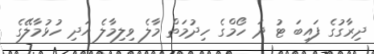
ދިރާގުގެ ފައިބަ ޓު ދަ ހޯމްގެ ހިދުމަތް މާލެ ވިލިމާލެ އަދި ހުޅުމާލޭގެ